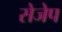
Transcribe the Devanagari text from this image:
सेजेप